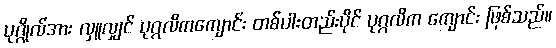
ပုဂ္ဂိုလ်အား လှူလျှင် ပုဂ္ဂလိကကျောင်း တစ်ပါးတည်းပိုင် ပုဂ္ဂလိက ကျောင်း ဖြစ်သည်။